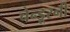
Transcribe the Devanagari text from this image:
चेन्डूरनी